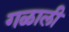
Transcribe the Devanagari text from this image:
गळाली